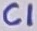
Text: C1